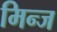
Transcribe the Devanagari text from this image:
मिन्ज